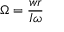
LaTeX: { \boldsymbol { \Omega } } = { \frac { w r } { I { \boldsymbol { \omega } } } }